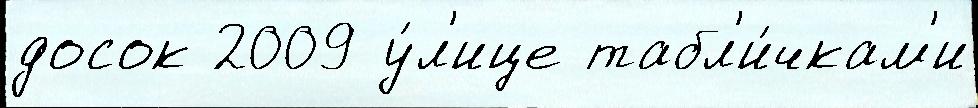
досок 2009 у́л'ице табл'и́чкам'и